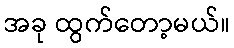
အခု ထွက်တော့မယ်။